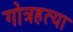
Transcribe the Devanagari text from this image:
गोत्रहत्या